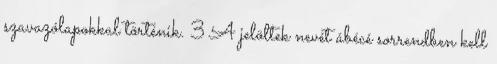
szavazólapokkal történik. 3 A jelöltek nevét ábécé sorrendben kell